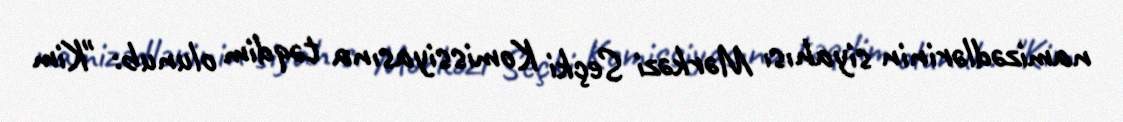
namizədlərinin siyahısı Mərkəzi Seçki Komissiyasına təqdim olunub: "Kim